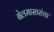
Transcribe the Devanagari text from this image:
बेलमास्तरांचा